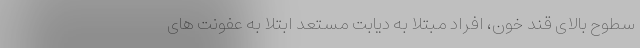
سطوح بالای قند خون، افراد مبتلا به دیابت مستعد ابتلا به عفونت های